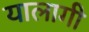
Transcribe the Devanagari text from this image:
यालागी